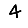
Digit: 4